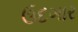
ઉદગાર